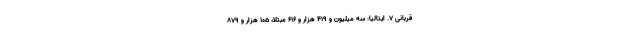
قربانی ۷. ایتالیا: سه میلیون و ۴۱۹ هزار و ۶۱۶ مبتلا، ۱۰۵ هزار و ۸۷۹